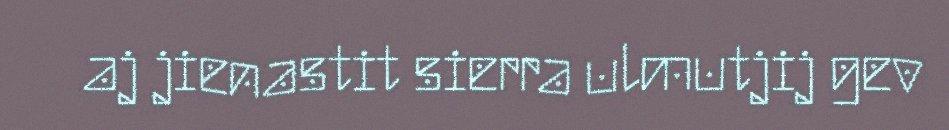
aj jienastit sierra ulmutjij gev